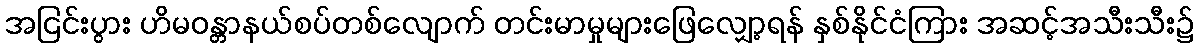
အငြင်းပွား ဟိမဝန္တာနယ်စပ်တစ်လျောက် တင်းမာမှုများဖြေလျှော့ရန် နှစ်နိုင်ငံကြား အဆင့်အသီးသီး၌